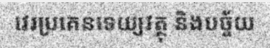
វេរប្រគេនទេយ្យវត្ថុ និងបច្ច័យ